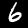
Label: 6